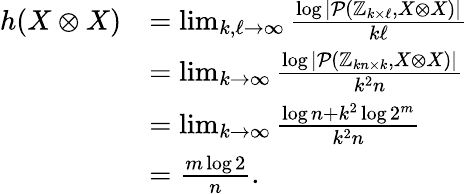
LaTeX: \begin{array}{rl}{h(X\otimes X)}&{=\operatorname*{lim}_{k,\ell\to\infty}\frac{\log|\mathcal{P}(\mathbb{Z}_{k\times\ell},X\otimes X)|}{k\ell}}\\ &{=\operatorname*{lim}_{k\to\infty}\frac{\log|\mathcal{P}(\mathbb{Z}_{kn\times k},X\otimes X)|}{k^{2}n}}\\ &{=\operatorname*{lim}_{k\to\infty}\frac{\log n+k^{2}\log 2^{m}}{k^{2}n}}\\ &{=\frac{m\log 2}{n}.}\end{array}